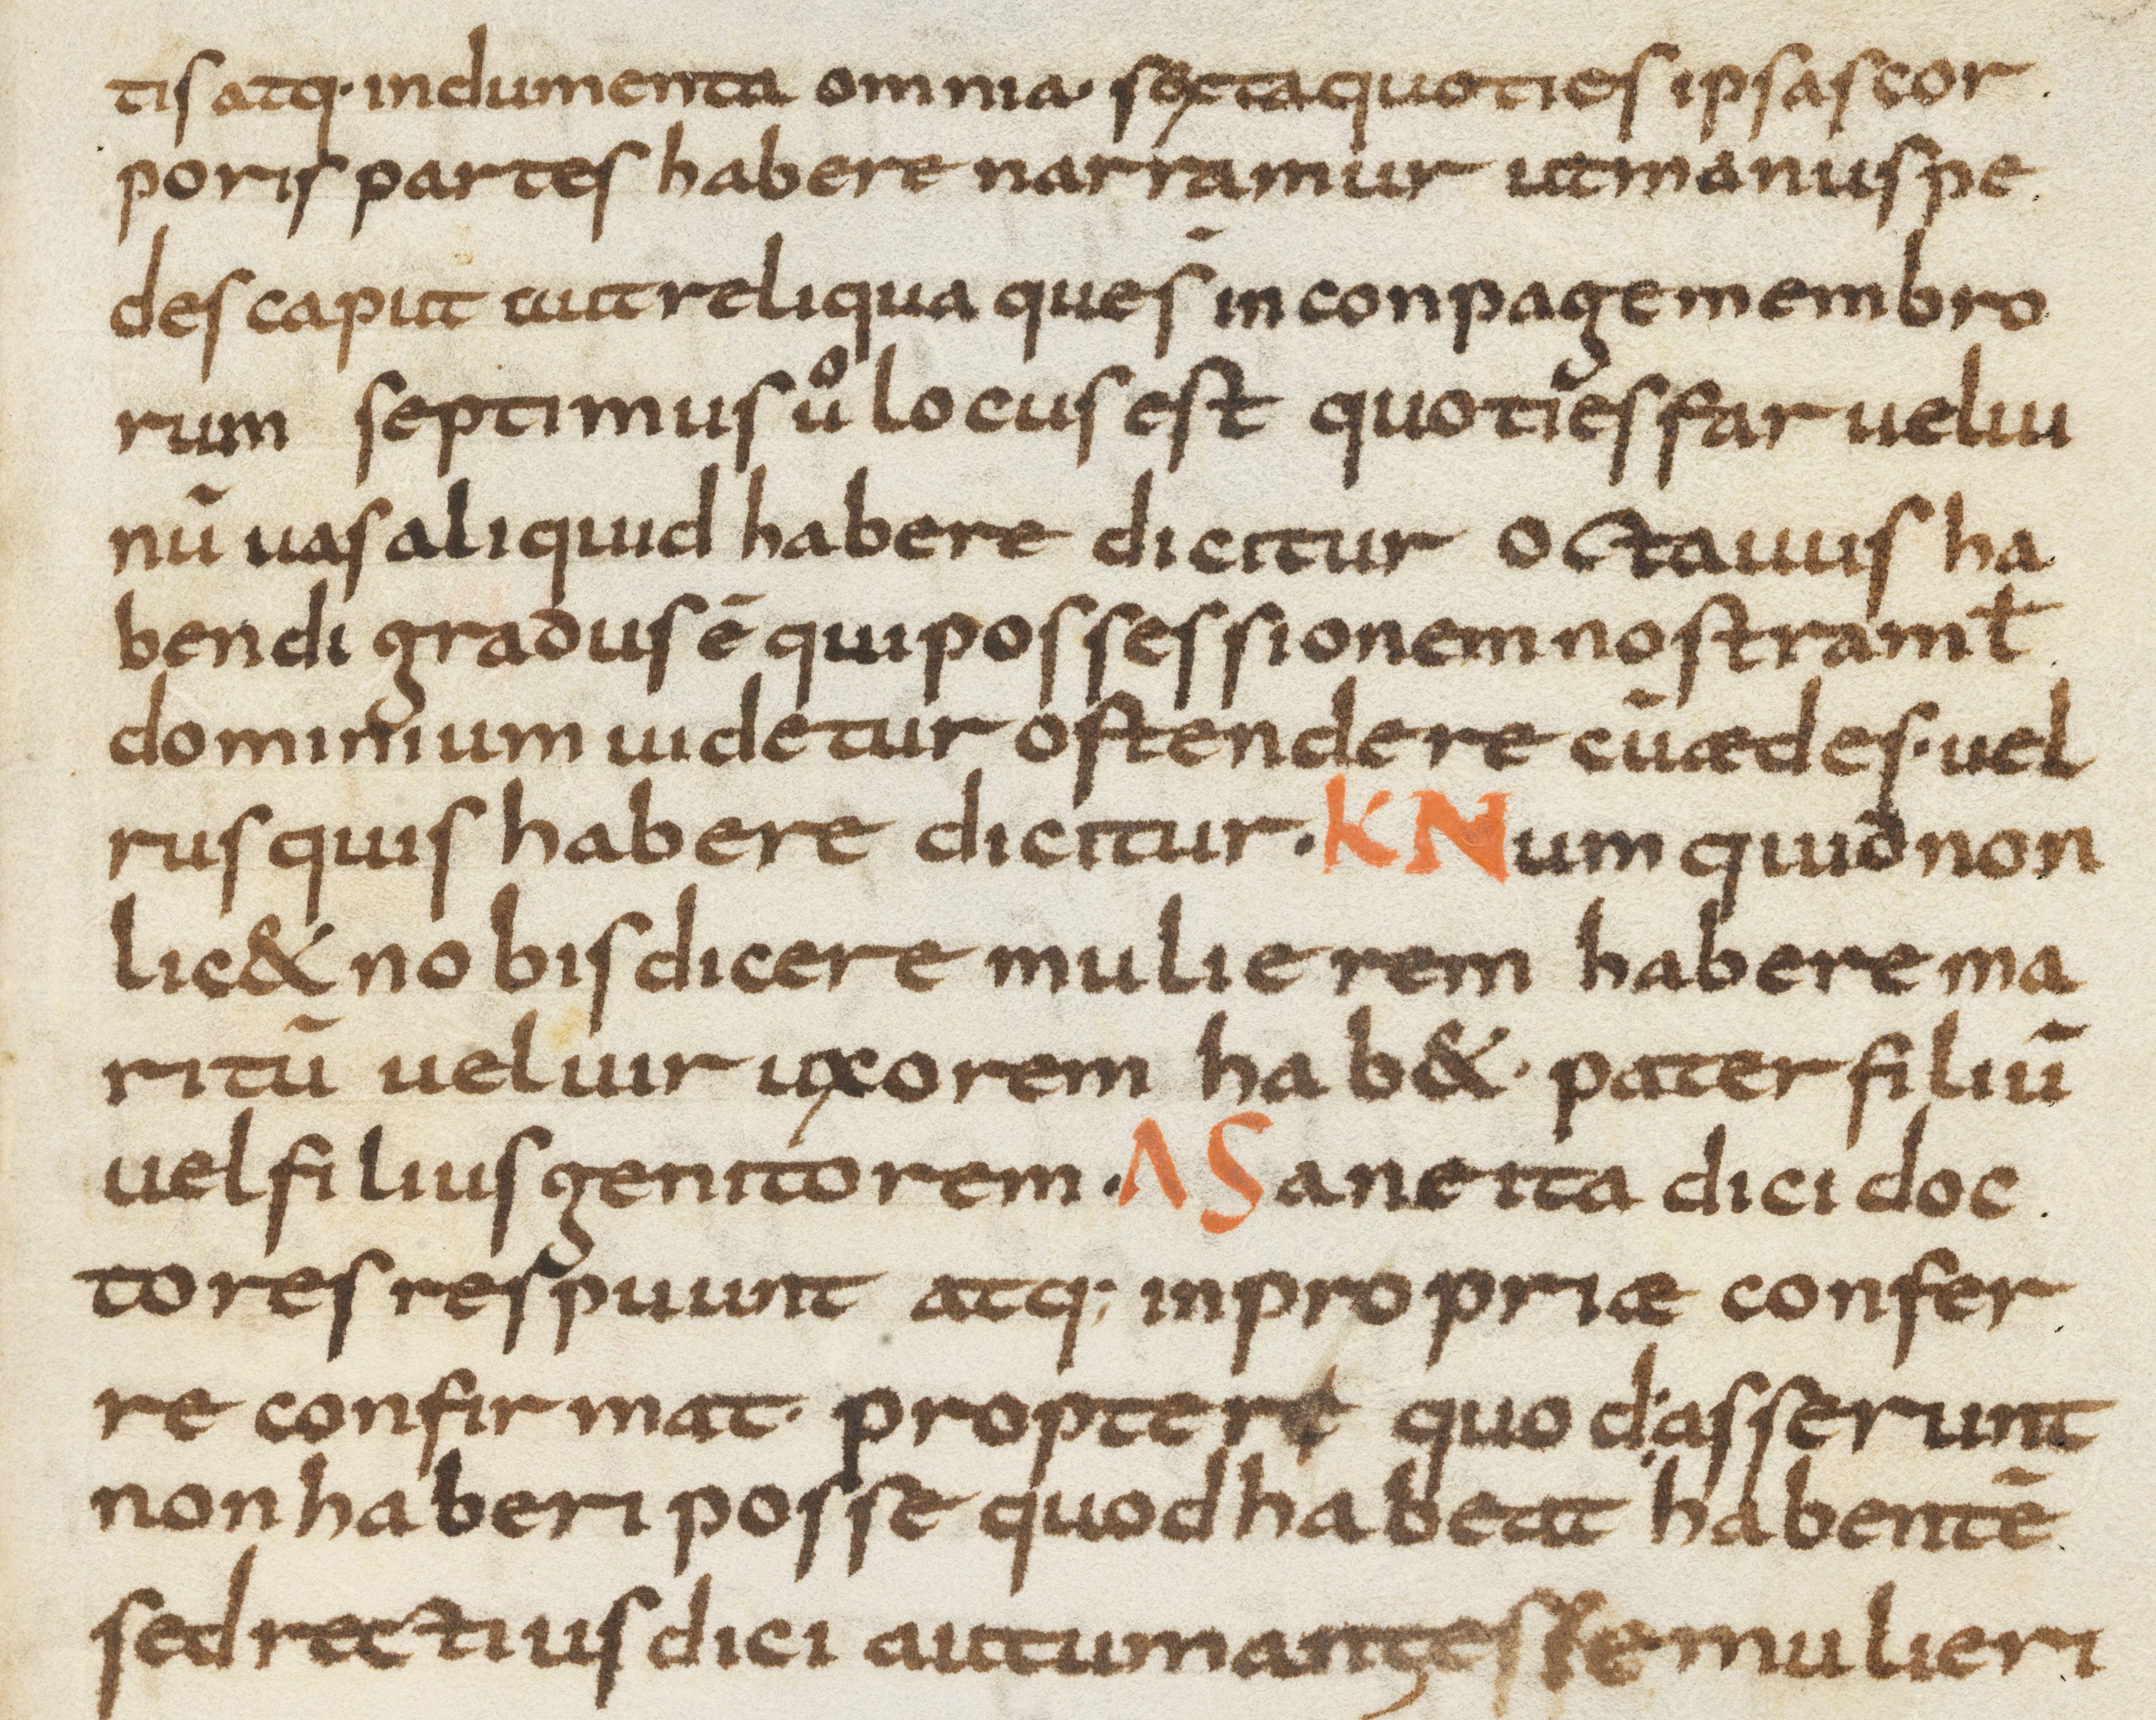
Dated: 800–899